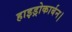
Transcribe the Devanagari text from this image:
हाइड्रोकार्बन।